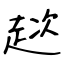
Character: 趑